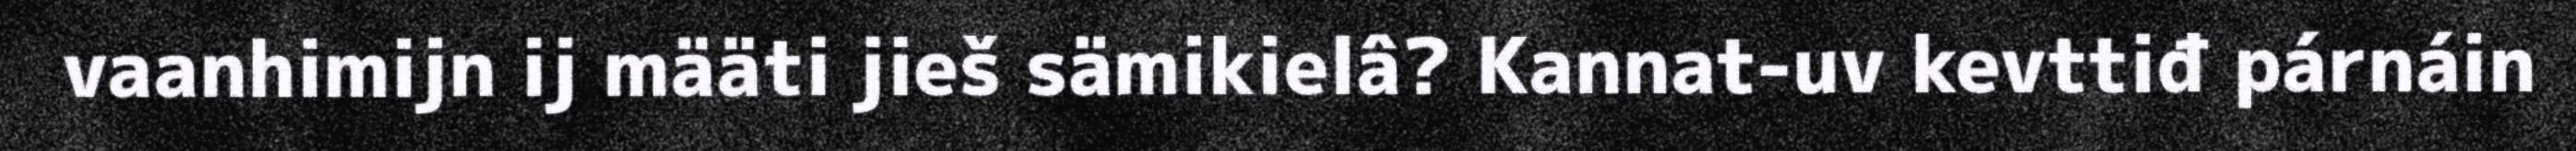
vaanhimijn ij määti jieš sämikielâ? Kannat-uv kevttiđ párnáin